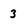
Character: 3